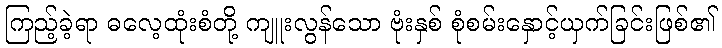
ကြည့်ခဲ့ရာ ဓလေ့ထုံးစံတို့ ကျူးလွန်သော ဗုံးနှစ် စုံစမ်းနှောင့်ယှက်ခြင်းဖြစ်၏